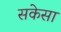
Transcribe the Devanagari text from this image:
सकेसा